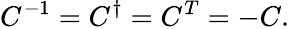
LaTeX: C^{-1}=C^{\dagger}=C^{T}=-C.